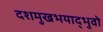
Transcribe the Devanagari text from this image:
दशमुखभयाद्भुवो